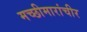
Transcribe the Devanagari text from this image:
मच्छीमारांचीर